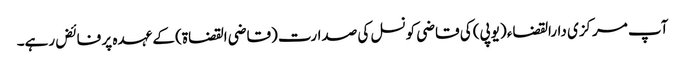
آپ مرکزی دارالقضاء (یوپی) کی قاضی کونسل کی صدارت (قاضی القضاۃ) کے عہدہ پر فائض رہے۔